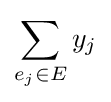
\sum _{e_{j}\in E}y_{j}